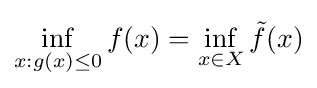
\inf _{x:g(x)\leq 0}f(x)=\inf _{x\in X}{\tilde {f}}(x)